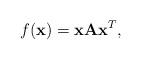
LaTeX: \begin{align*}f(\mathbf{x})=\mathbf{x}\mathbf{A}\mathbf{x}^{T},\end{align*}